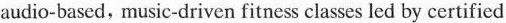
audio-based.music-driven fitness classes led by certified